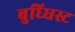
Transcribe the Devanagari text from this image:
बुध्धिस्ट